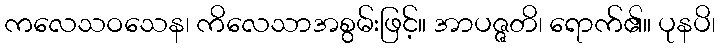
ကလေသဝသေန၊ ကိလေသာအစွမ်းဖြင့်။ အာပဇ္ဇတိ၊ ရောက်၏။ ပုနပိ၊